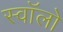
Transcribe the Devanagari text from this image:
स्वॉलो